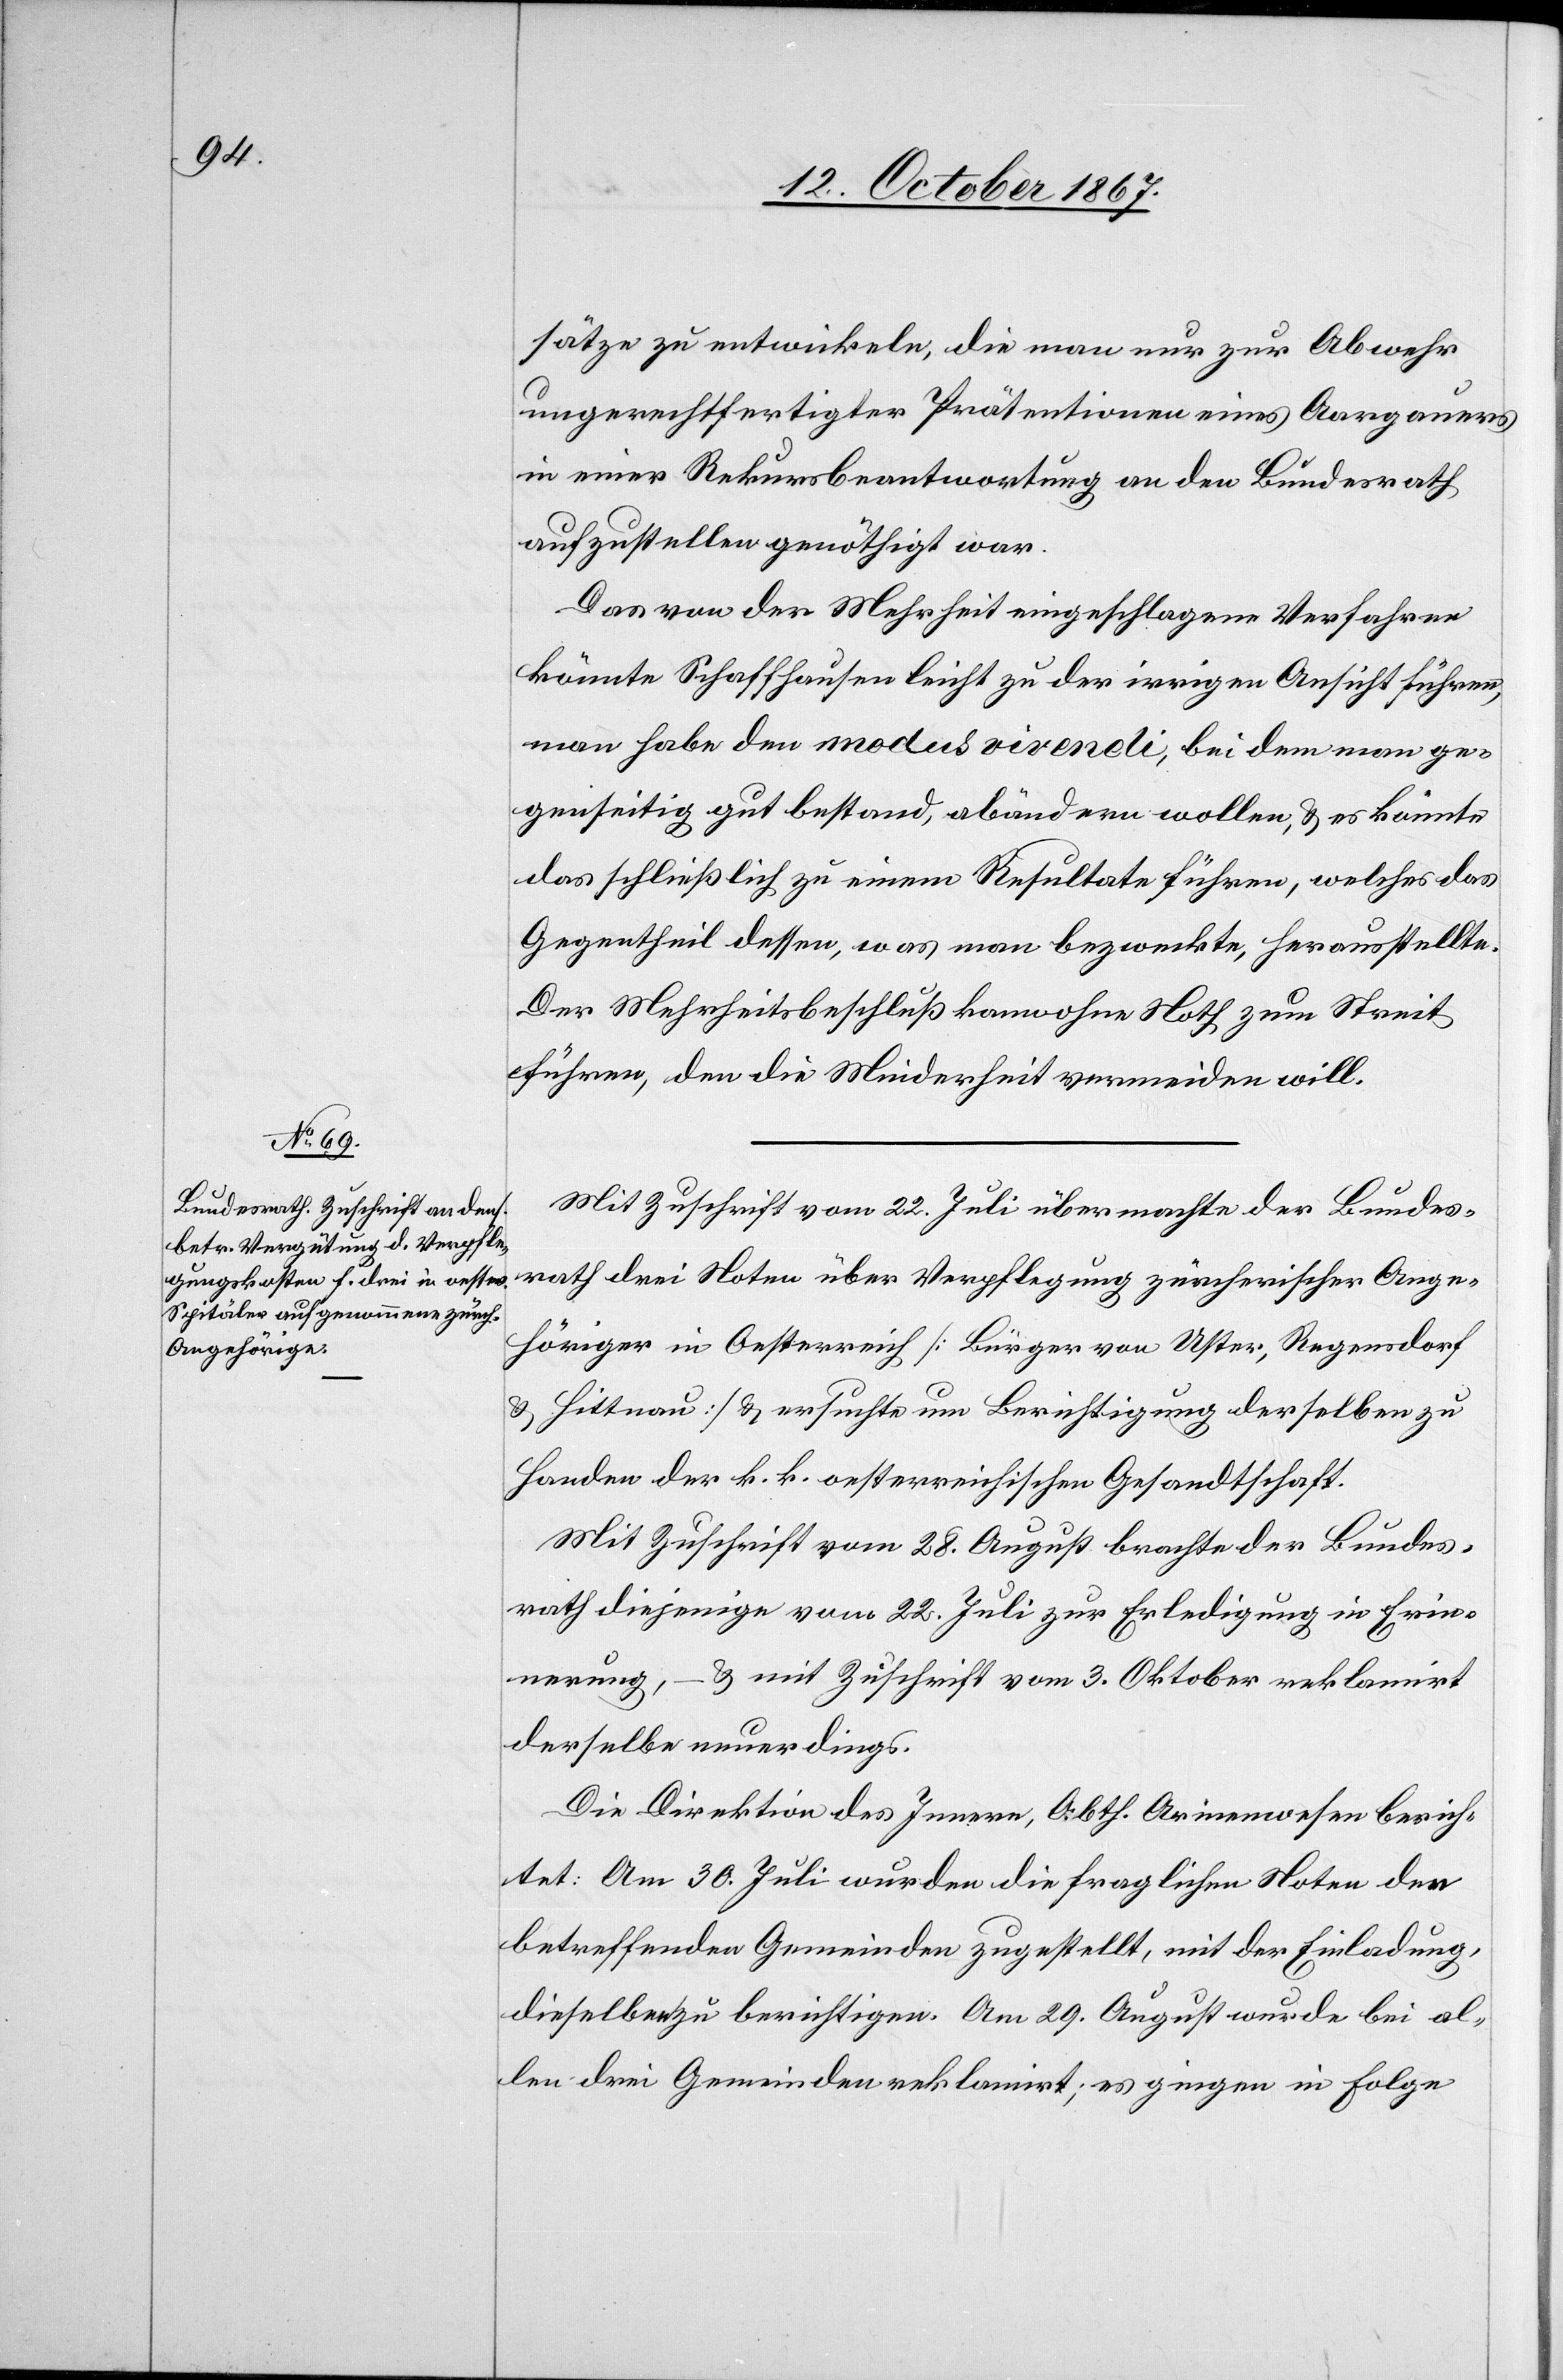
sätze zu entwickeln, die man nur zur Abweg
ungerechtfertigter Prätentionen eines Aargauers
in einer Rekursbeantwortung an den Bundesrath
aufzustellen genöthigt war.
Das von der Mehrheit eingeschlagene Verfahren
könnte Schaffhausen leicht zu der irrigen Ansicht führen,
man hab den modus vivendi, bei dem man ge¬
genseitig gut bestand, abändern wollen, u. es könnte
das schließlich zu einem Resultate führen, welches das
Gegentheil dessen, was man bezweckte, herausstellte.
Der Mehrheitsbeschluß kann ohne Noth zum Streit
führen, den die Minderheit vermeiden will.
Mit Zuschrift vom 22. Juli übermachte der Bundes¬
rath drei Noten über Verpflegung zürcherischer Ange¬
höriger in Oesterreich [Bürger von Uster, Regensdorf
u. Hittnau] u. ersuchte um Berichtigung derselben zu
Handen der k. k. oesterreichischen Gesandtschaft.
Mit Zuschrift vom 28. August brachte der Bundes¬
rath diejenige vom 22. Juli zur Erledigung in Erin¬
nerung, – u. mit Zuschrift vom 3. Oktober reklamirt
derselbe neuerdings.
Die Direktion des Innern, Abth. Armenwesen berich¬
tet: Am 30. Juli wurden die fraglichen Noten den
betreffenden Gemeinden zugestellt, mit der Einladung,
dieselben zu berichtigen. Am 29. August wurde bei al¬
len drei Gemeinde reklamirt; es gingen in Folge